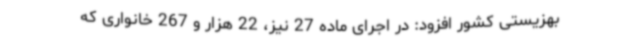
بهزیستی کشور افزود: در اجرای ماده 27 نیز، 22 هزار و 267 خانواری که